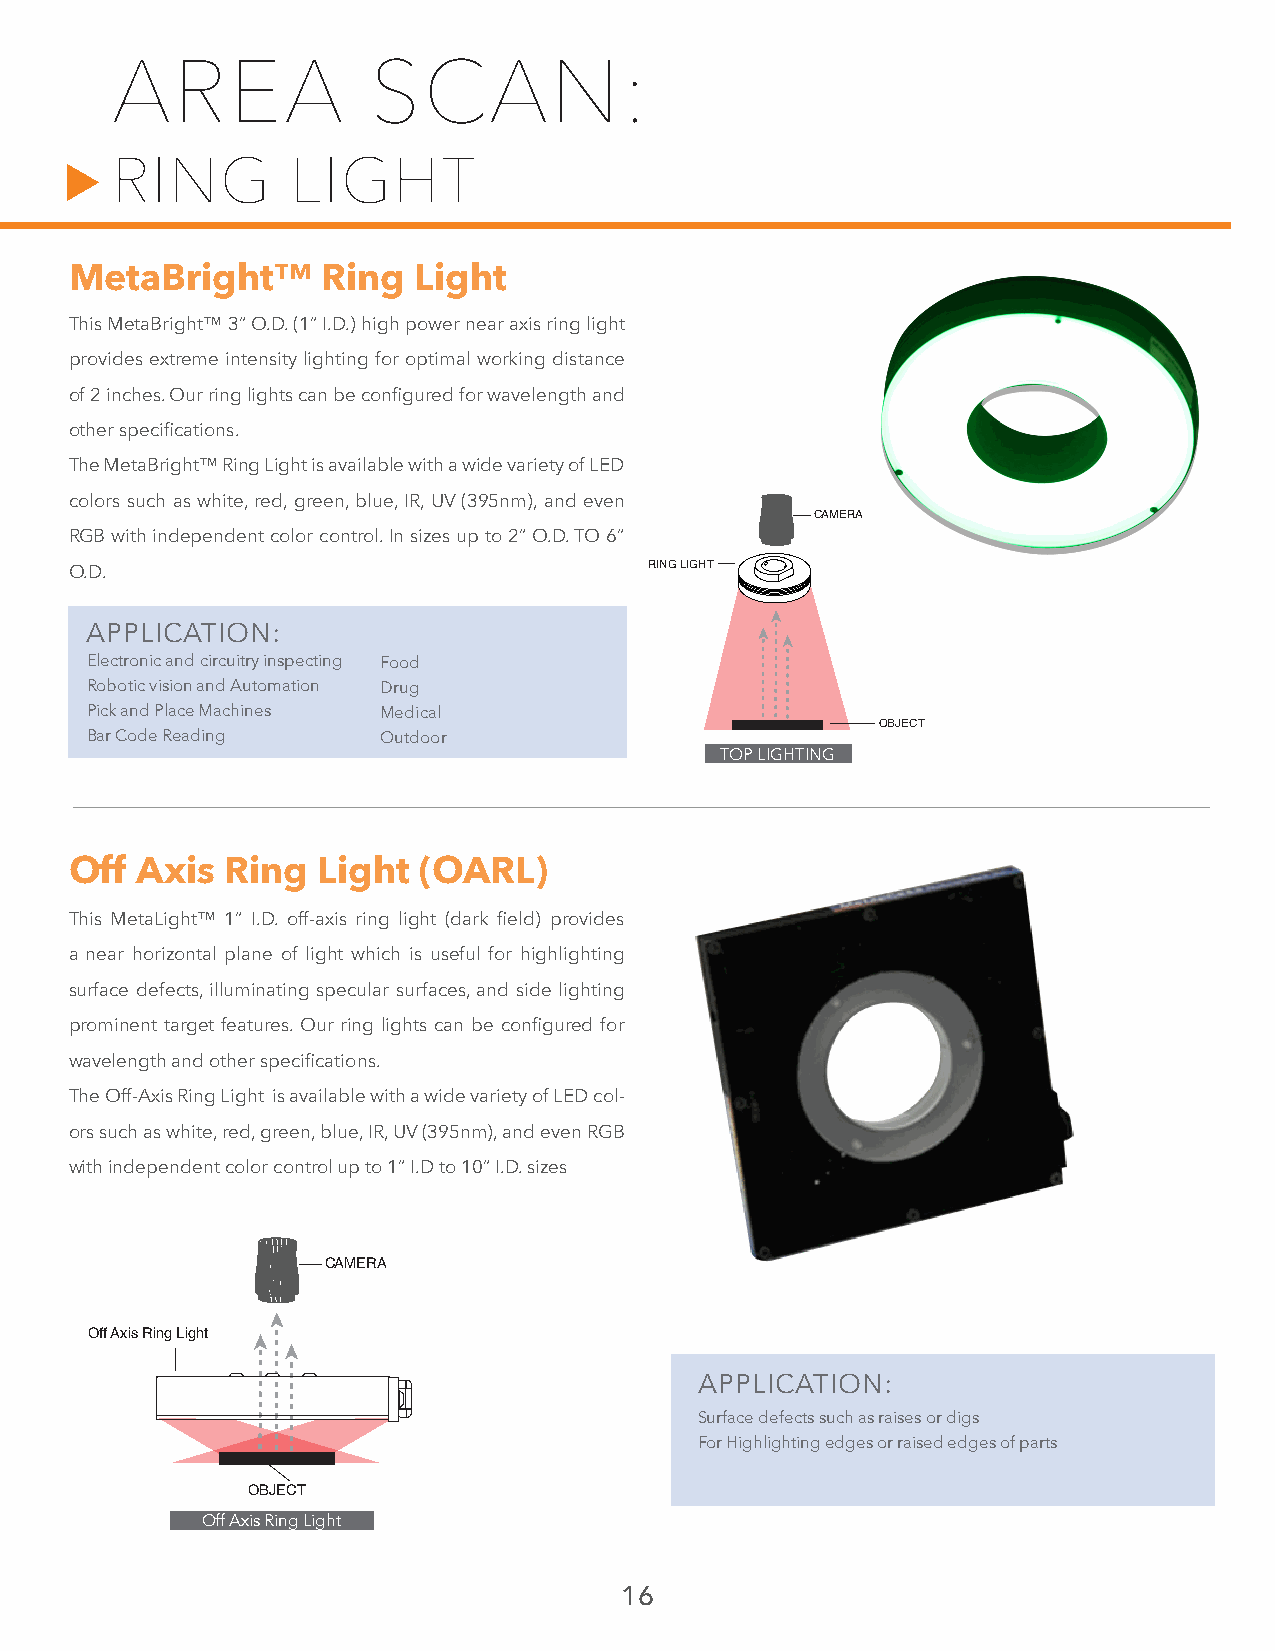
AREA              SCAN:
 RING        LIGHT
 MetaBright™     Ring  Light
 This MetaBright™ 3” O.D. (1” I.D.) high power near axis ring light
 provides extreme intensity lighting for optimal working distance
 of 2 inches. Our ring lights can be configured for wavelength and
 other specifications.
 The MetaBright™ Ring Light is available with a wide variety of LED
 colors such as white, red, green, blue, IR, UV (395nm), and even
 CAMERA
 RGB with independent color control. In sizes up to 2” O.D. TO 6”
 O.D.                                  RING LIGHT
 APPLICATION:
 Electronic and circuitry inspecting Food
 RoAbPotiPc vLisIioCn AanTd IAOutoNma:tion
 Drug
 Pick and Place Machines Medical
 OBJECT
 Bar Code Reading   Outdoor
 TOP LIGHTING
 Off Axis  Ring  Light  (OARL)
 This MetaLight™ 1” I.D. off-axis ring light (dark field) provides
 a near horizontal plane of light which is useful for highlighting
 surface defects, illuminating specular surfaces, and side lighting
 prominent target features. Our ring lights can be configured for
 wavelength and other specifications.
 The Off-Axis Ring Light is available with a wide variety of LED col-
 ors such as white, red, green, blue, IR, UV (395nm), and even RGB
 with independent color control up to 1” I.D to 10” I.D. sizes
 CAMERA
 Off Axis Ring Light
 APPLICATION:
 Surface defects such as raises or digs
 For Highlighting edges or raised edges of parts
 OBJECT
 Off Axis Ring Light
 16
 ▲